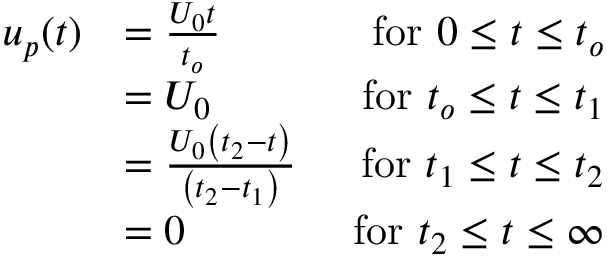
\begin{array} { r l r } { u _ { p } ( t ) } & { = \frac { U _ { 0 } t } { t _ { o } } } & { \mathrm { ~ f o r ~ } 0 \leq t \leq t _ { o } } \\ & { = U _ { 0 } } & { \mathrm { ~ f o r ~ } t _ { o } \leq t \leq t _ { 1 } } \\ & { = \frac { U _ { 0 } \left( t _ { 2 } - t \right) } { \left( t _ { 2 } - t _ { 1 } \right) } } & { \mathrm { ~ f o r ~ } t _ { 1 } \leq t \leq t _ { 2 } } \\ & { = 0 } & { \mathrm { ~ f o r ~ } t _ { 2 } \leq t \leq \infty } \end{array}